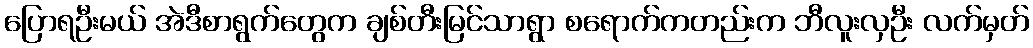
ပြောရဦးမယ် အဲဒီစာရွက်တွေက ချစ်တီးမြင်သာရွာ စရောက်ကတည်းက ဘီလူးလှဦး လက်မှတ်